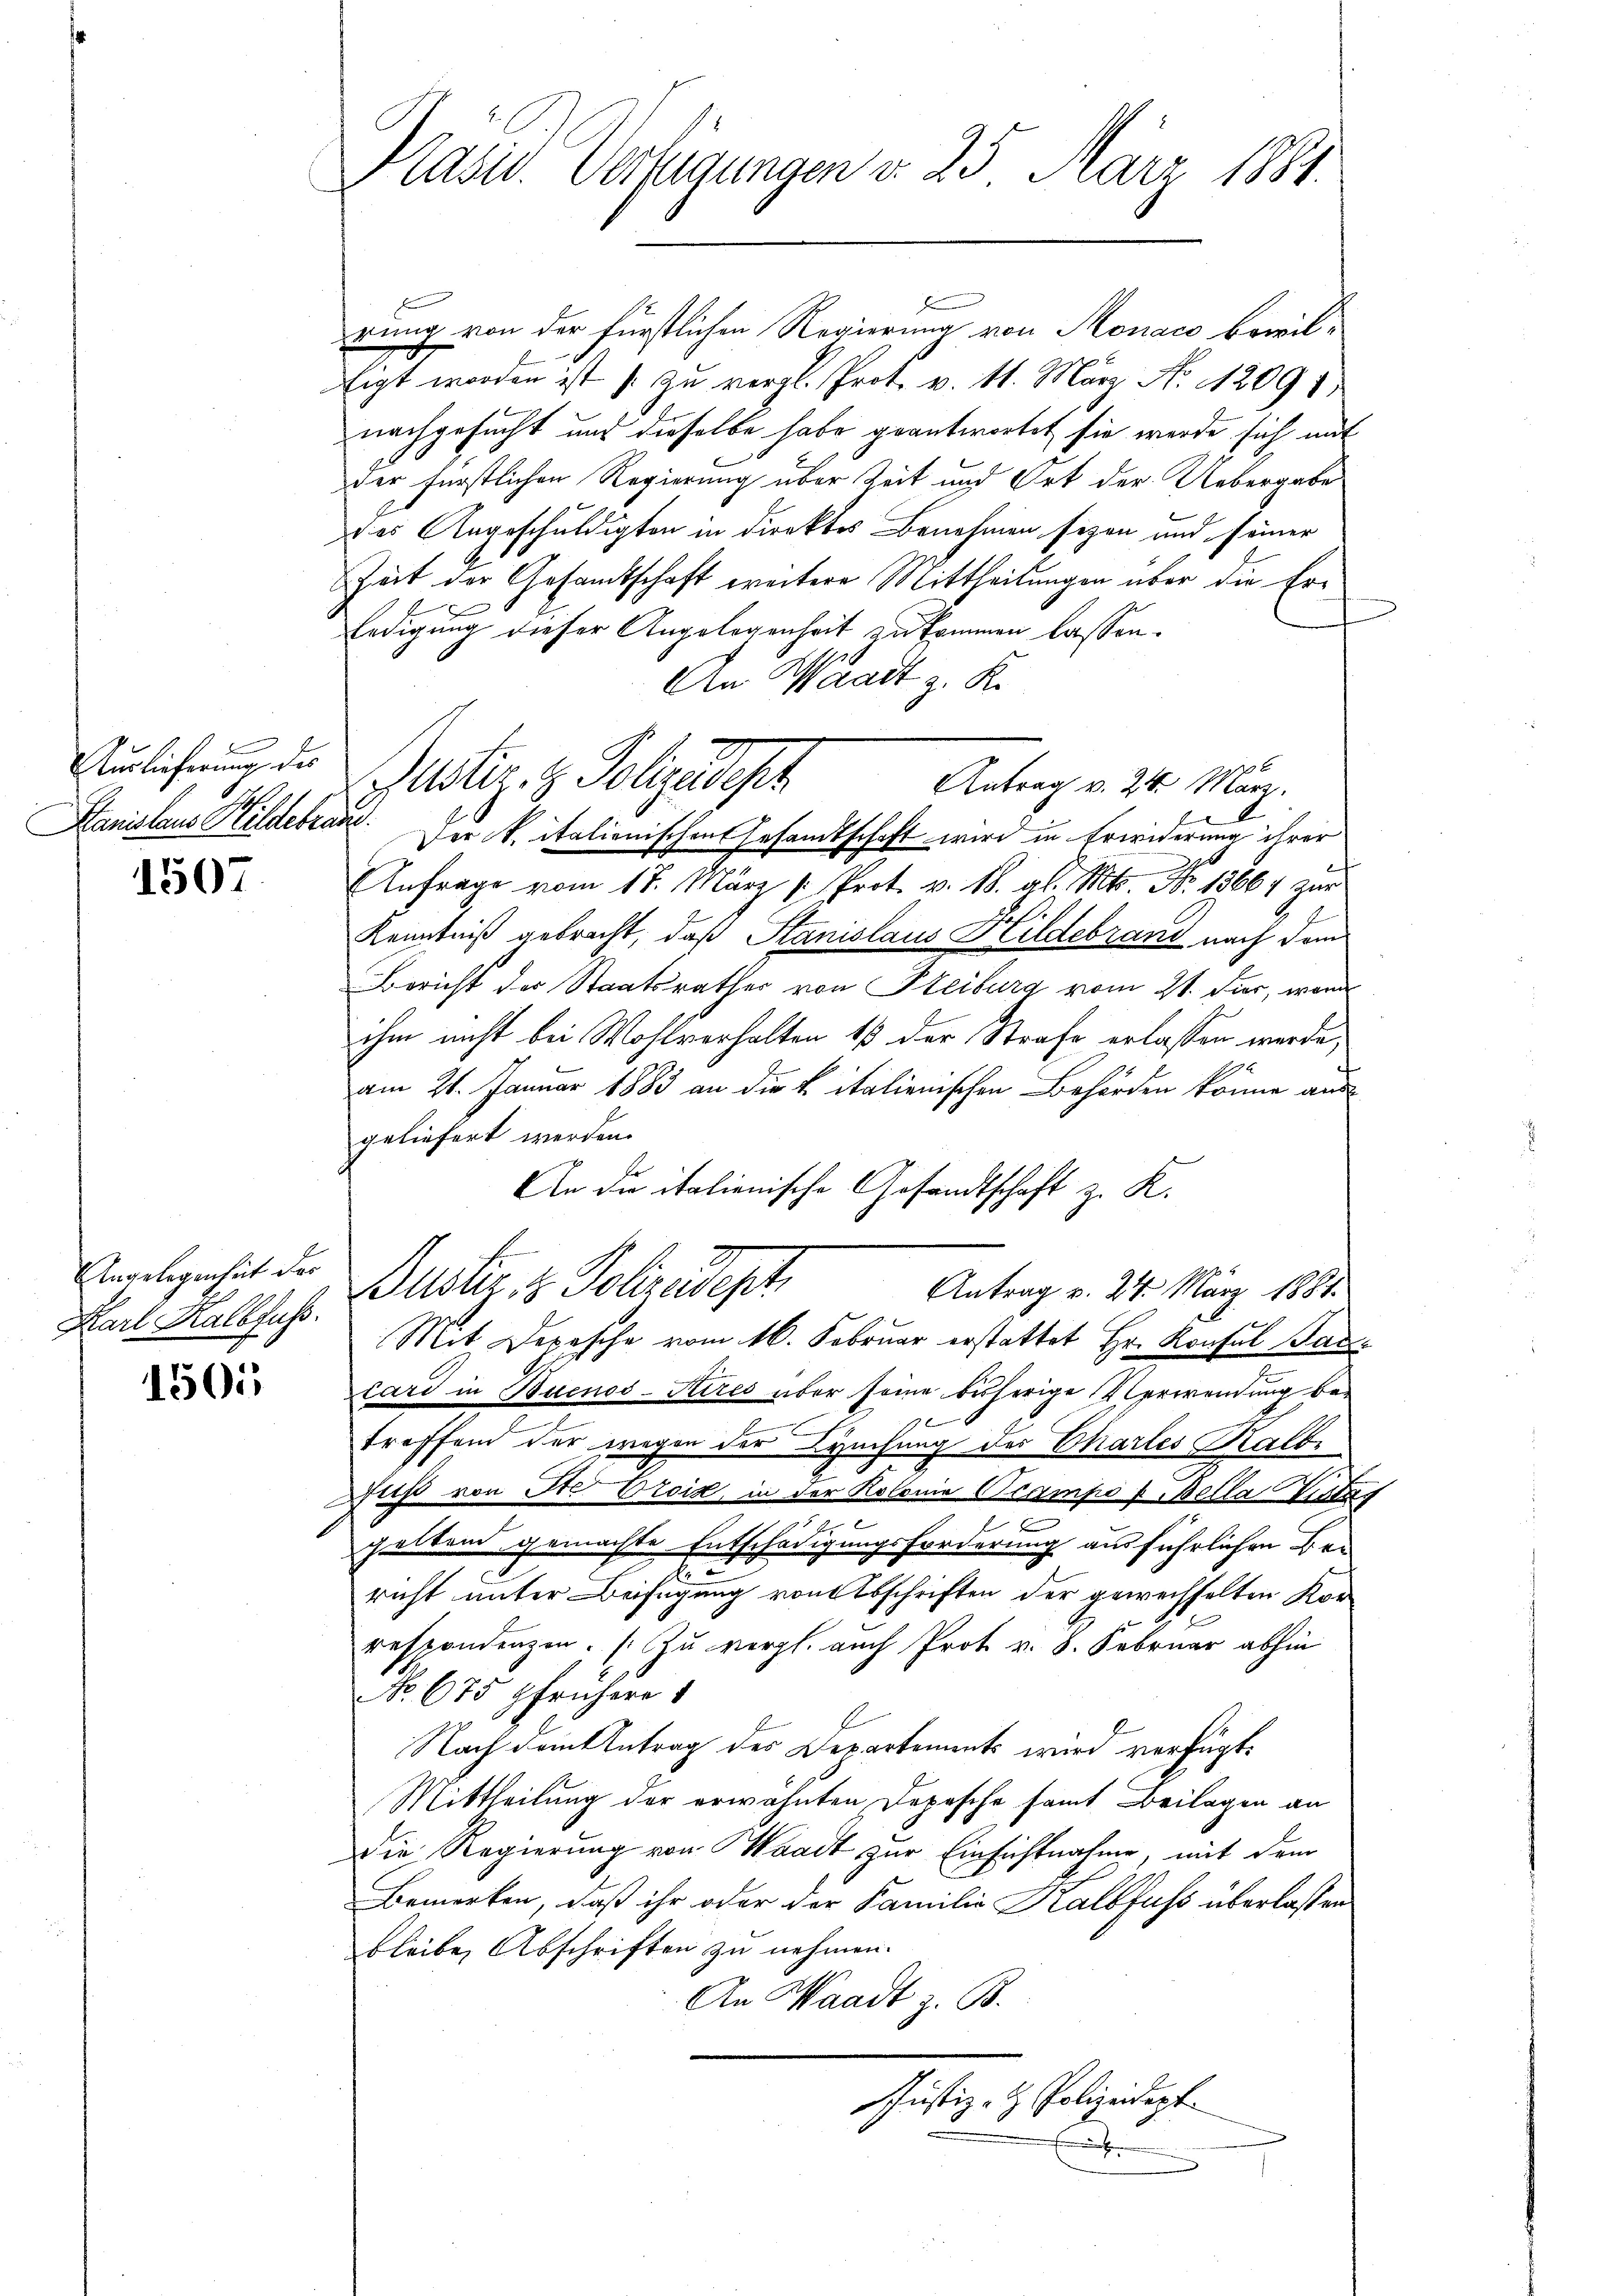
Auslicherung des

1507.

Angelegenheit des
Karl Kalbfuß.

1505

Pasid. Verfügungen d. 25 März 1881.

x
rung von der fürstlichen Regierung von Monaco bewil¬
Eigt worden ist zu vergl. Prot. v. 11. März No. 12091
nachgesucht und dieselbe habe geantwortet sie werde sich mit
der Fürstlichen Regierung über Zeit und Ort der Uebergabe
des Angeschuldigten in direktes Benehmen seyen und seiner
Zeit der Gesandtschaft weitere Mittheilungen über die Erx
ledigung dieser Angelegenheit zu kommnen lassen.
An Waadt z. K.
10 x
Antrag v. 24. März.
Hanislaus Hildebrau. Der k. italionischen Gesandtschaft wird in Erwiderung ihrer
Anfrage vom 17. März 1. Prot. v. M. al. Mts. No 13667 zur
Kenntniß gebracht, daß Stanislaus Hildebrand nach dem
Bericht der Staatsrathes von Steiburg vom 21. Fier, wend
ihm nicht bei Wohlverhalten 13 der Strafe erlassen werde,
1
am 21. Januar 1883 an die L. italienischen Behörden könne aus
geliefert werden.
An die italienische Gesandtschaft z. R.
Bustiz & Polizadept
Antrag v. 24. März 1881.
Mit Depesche vom 16. Februar erstattet Hr. Konsul Baucard in Buenos-Steres über seine bisherige Verwendung be¬
.
n
e
treffend der wegen der Luchung des Charles Kalbi
Duß von Ite Croix, in der Kolonia campo v. Bella Vitzt
geltend gemachte Entschädigungsforderung ausführlichen Be-
.
richt unter Beifügung von Abschriften der gewechselten Korrespondenzen. (Zu vergl. auch Prot. v. 8. Februar abhin
No. 675 gfrühere 1
Nach dem Antrag des Departements wird verfügt:
Mittheilung der erwähnten Depesche samt Beilagen an
Die Regierung von Waadt zur Einsichtnahme, mit dem
Bemerken, daß ihr oder der Familie Kalbfuss überlassen
bleibe, Abschriften zu nehmen.
An Waadt z. B.
Justiz- & Polizeidepf
3

ustiz & Polizeidisch